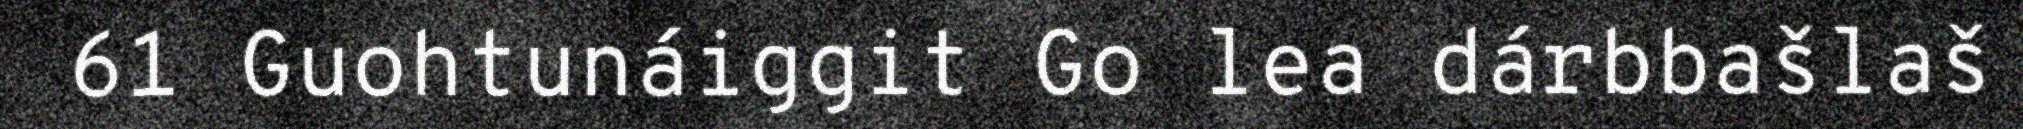
61 Guohtunáiggit Go lea dárbbašlaš